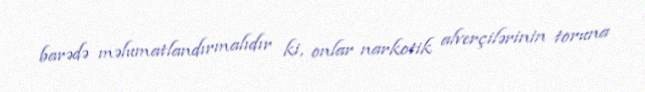
barədə məlumatlandırmalıdır ki, onlar narkotik alverçilərinin toruna